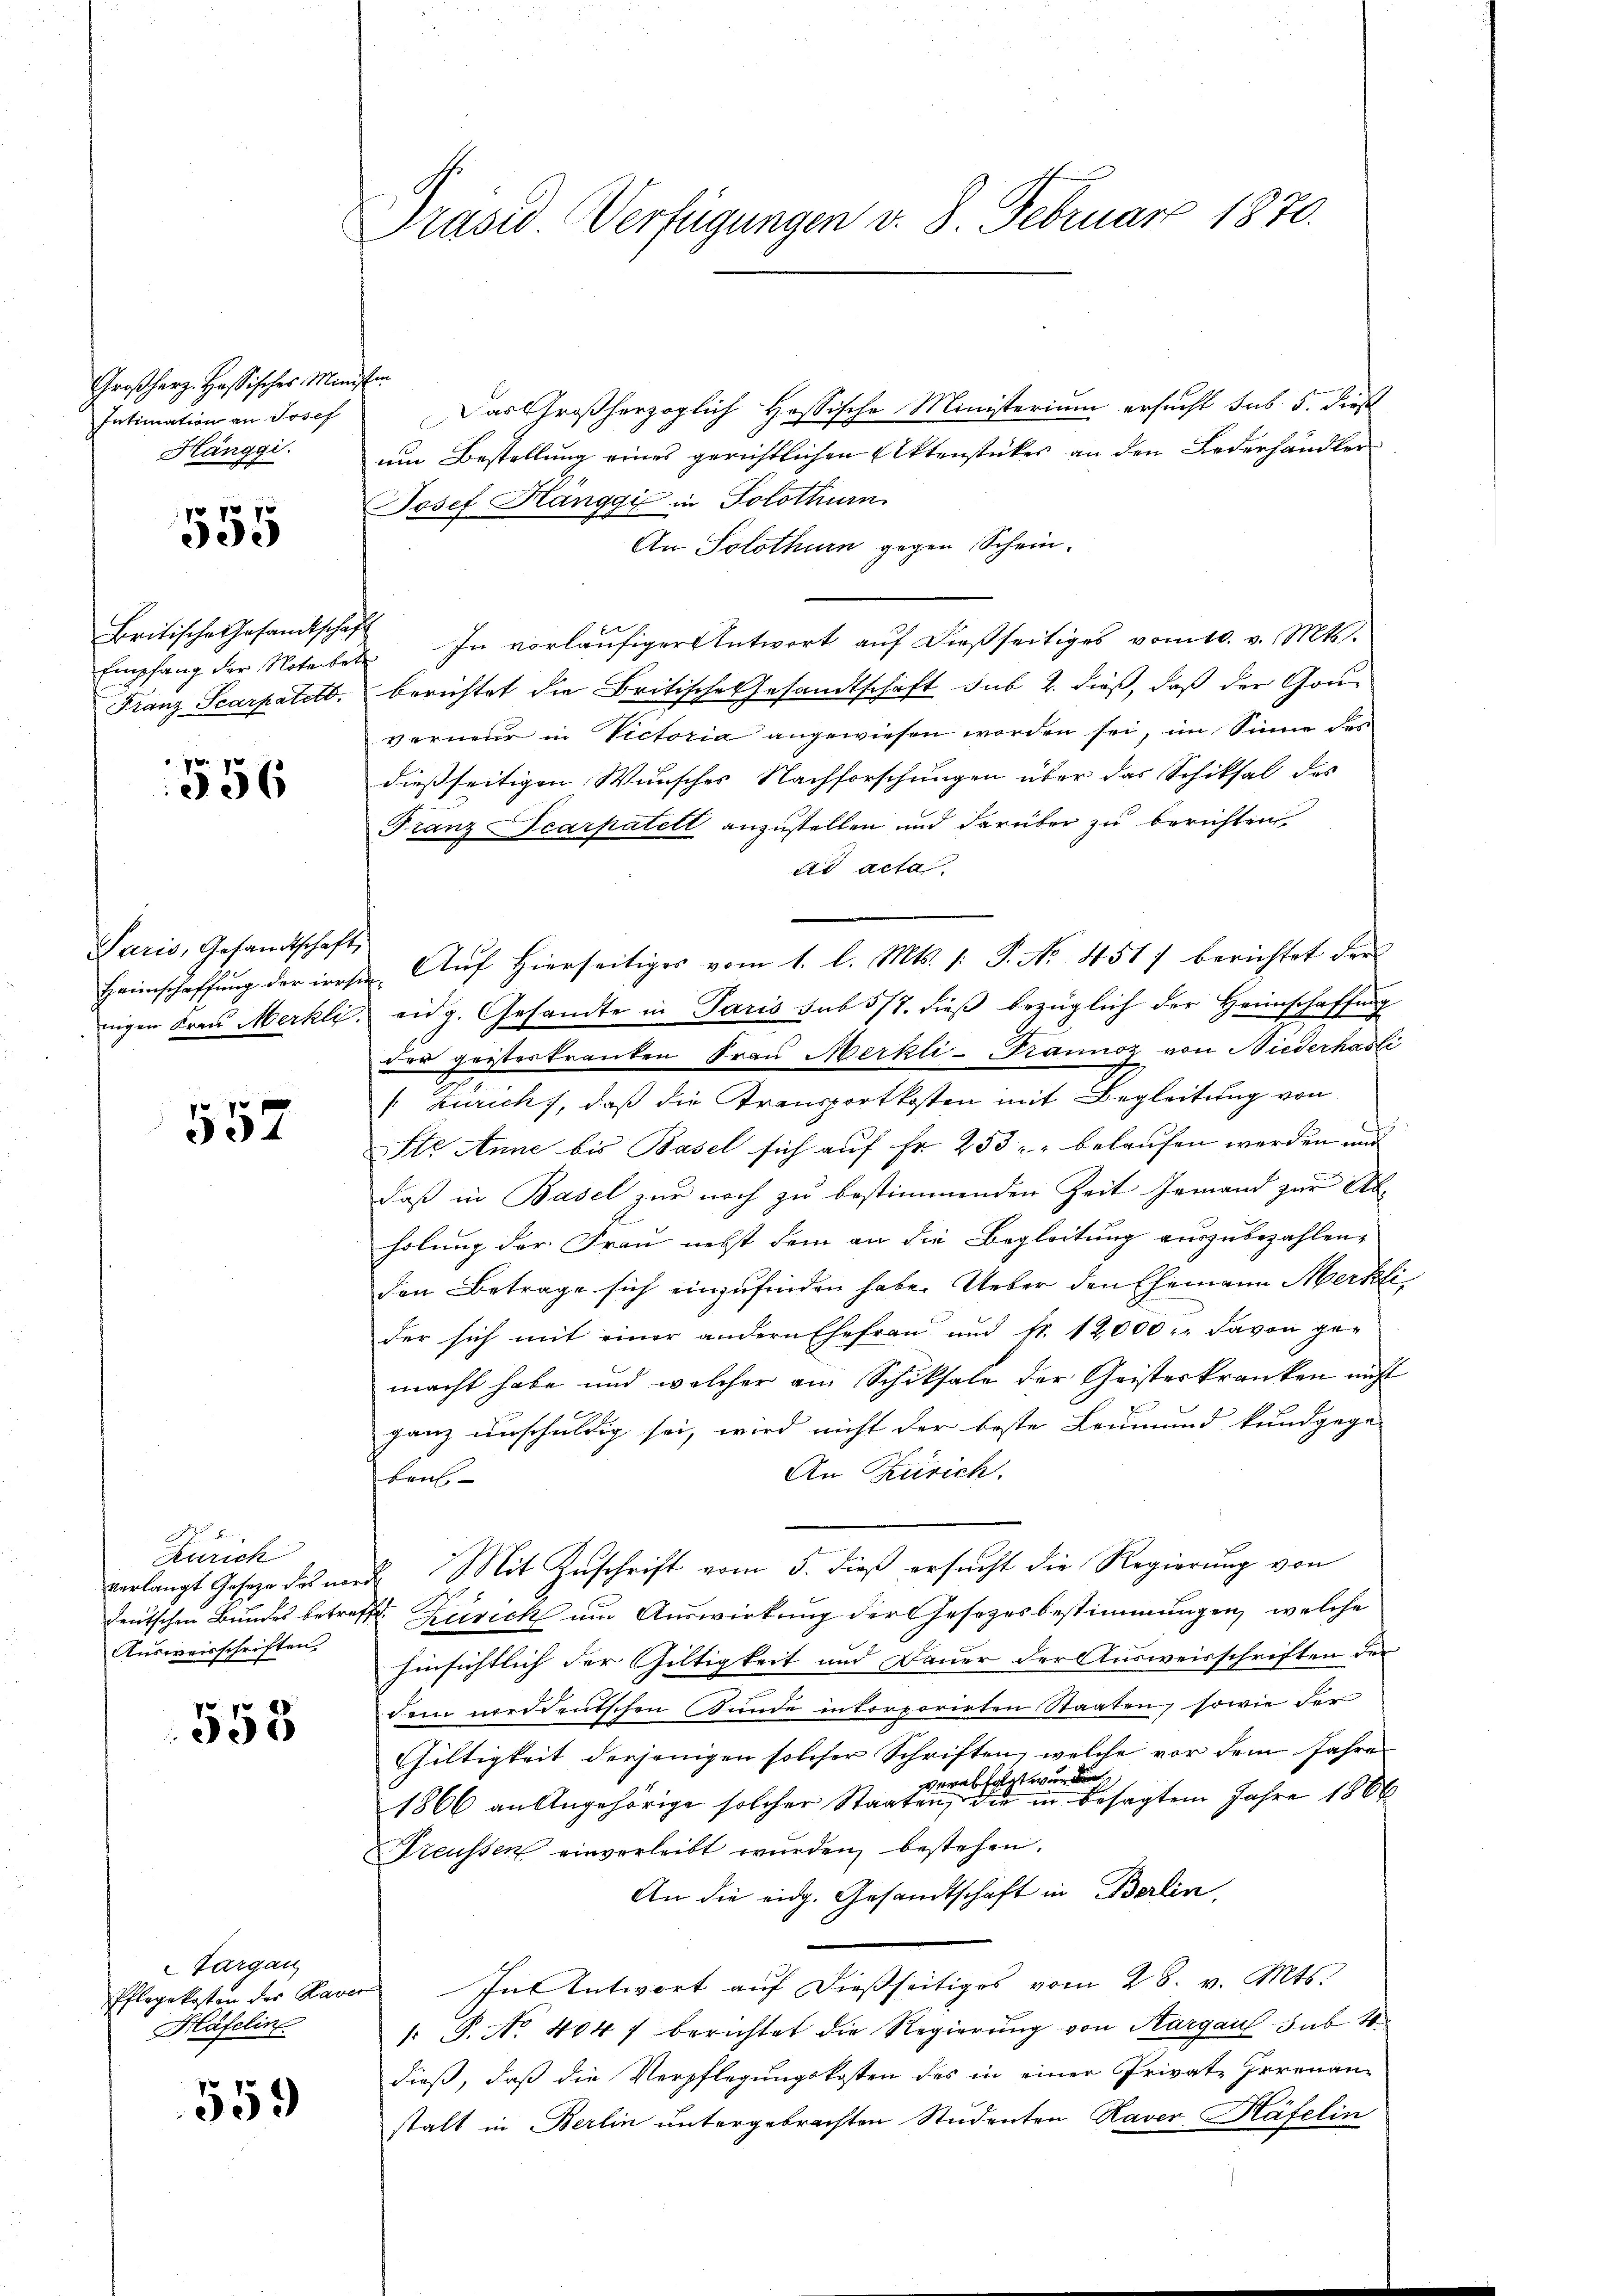
Großherz. Hassisches Ministen
Intimation an Josef
Hänggi.

555

Britische Gesandtschaft
Franz Scarpatott.

556

Paris, Gesandtschaft,
Heimschaffung der irrst

557

Zürich
verlangt Gesetze des nac
Ausweisschriften.

558

Targau
Häfeline

559

Präses Verfügungen v. 8. Februar 1870.

Das Großherzoglich Hessische Ministerium ersucht sub. 5. dies
um Bestellung eines gerichtlichen Aktenstückes an den Lederhändler
Josef Hanggi in Solothur
An Solothurn gegen Schein-
Empfang der Noterbet In vorläŭfiger Antwort aŭf dießseitiges vom 10. v. Mts.
berichtet die Britische Gesandtschaft sub 2. dieß, daß der Gou-
verneur in Victoria angewiesen worden sei, im Sinne des
dießseitigen Wunsches Nachforschungen über das Schiksal des
Franz Scarpatelt anzustellen und darüber zu berichten
ad acta
 Auf hierseitiges vom 1. l. Mts. 1. P. Nr. 4517 berichtet der
nigen Frau Merkli, eidg. Gesandte in Paris sub 5/7. dieß bezüglich der Heimschaffung
das geisterkranken Frau Merkli-Trannoz von Niederhasli
 Zürich, daß die Transportkosten mit Begleitung von
Ste Anne bis Basel sich auf Fr. 253 -" belaufen werden und
daß in Basel zur noch zu bestimmenden Zeit Jemand zur Abholung der Frau nebst dem an die Begleitung auszubezahlen,
den Betrage sich einzufinden habe. Ueber den Ehemann Merklider sich mit einer andern Ehefrau und fr. 12,000 . davon ge-
macht habe und welcher am Schiksale der Geisterkranken nicht
ganz unschuldig sei, wird nicht der beste Leumund kundgege-
An Zürich.
krul
Mit Zuschrift vom 5. dieß ersucht die Regierung von
¬
deutschen Bundes betreffet Zürich um Auswirkung der Gesetzesbestimmungen, welche
hinsichtlich der Giltigkeit und Dauer der Ausweisschriften der
dem nieddeutschen Bunde inkorporirten Staaten, sowie der
Giltigkeit derjenigen solcher Schriften, welche vor dem Jahre
verabfolgt wurden
1866 an Angehörige solcher Staaten, die in besagten Jahre 1866
Freussen einverleibt wurden, bestehen.
An die eidg. Gesandtschaft in Berlin,
Pflegekosten der Raver In Antwort aŭf dießseitiges vom 28. v. Mts.
1: P. No. 404 f berichtet die Regierŭng von Aargau sub 10
dieß, daß die Verpflegungskosten des in einer Private Irrenan-
stalt in Berlin untergebrachten Studenten Raver Häfelin